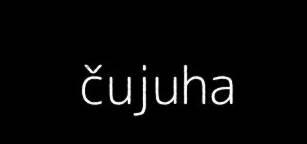
čujuha